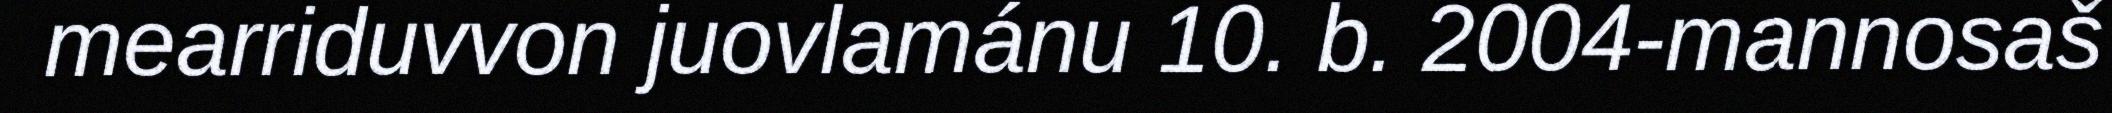
mearriduvvon juovlamánu 10. b. 2004-mannosaš